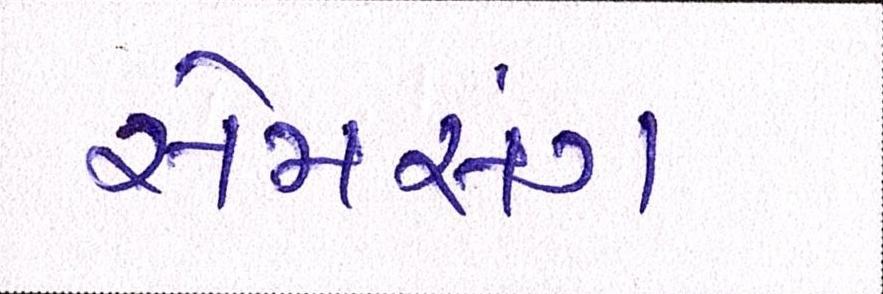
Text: સેમસંમ